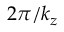
2 \pi / k _ { z }